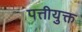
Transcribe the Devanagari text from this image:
पत्तीयुक्त